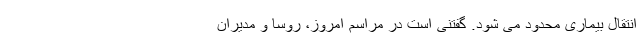
انتقال بیماری محدود می شود. گفتنی است در مراسم امروز، روسا و مدیران